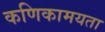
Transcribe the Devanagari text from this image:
कणिकामयता